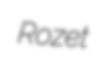
Rozet